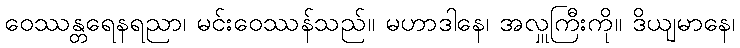
ဝေဿန္တရေနရညာ၊ မင်းဝေဿန်သည်။ မဟာဒါနေ၊ အလှူကြီးကို။ ဒိယျမာနေ၊